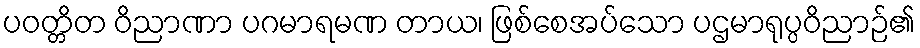
ပဝတ္တိတ ဝိညာဏာ ပဂမာရမဏ တာယ၊ ဖြစ်စေအပ်သော ပဌမာရုပ္ပဝိညာဉ်၏